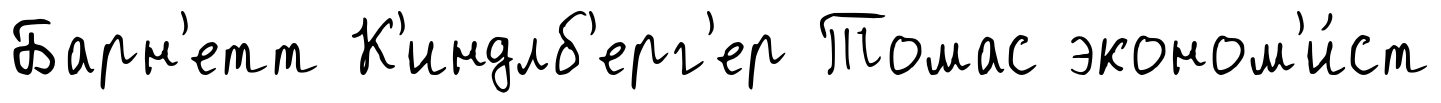
Барн'етт К'индлб'ерг'ер Томас эконом'и́ст